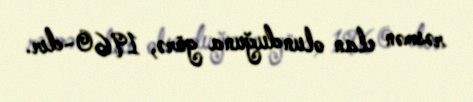
rəsmən elan olunduğuna görə, 1960-dır.